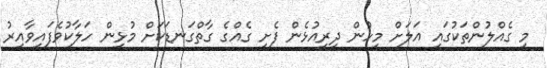
މި ގެއްލުންތަކުގައި އަލަށް މީހުން ދިރިއުޅެން ފެށި ގެއްގެ ގާތްގަނޑަކަށް މުޅިން ހަލާކުވެފައިވާއިރު